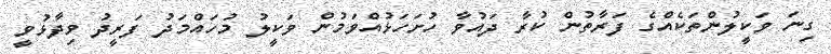
ގިނަ ވަކީލުންތަކެއްގެ ފަރާތުން ކުރާ ދައުވާ ހުށަހަޅުއްވަމުން ވަކީލު މުހައްމަދު ފަރީދު ވިދާޅުވީ